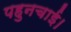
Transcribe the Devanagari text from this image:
पहुनचाई।